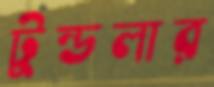
টুন্ডলার